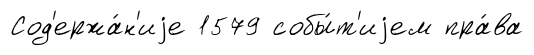
Сод'ержа́н'иjе 1579 собы́т'иjем пра́ва